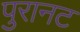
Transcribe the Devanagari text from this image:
पुरानट